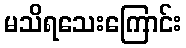
မသိရသေးကြောင်း